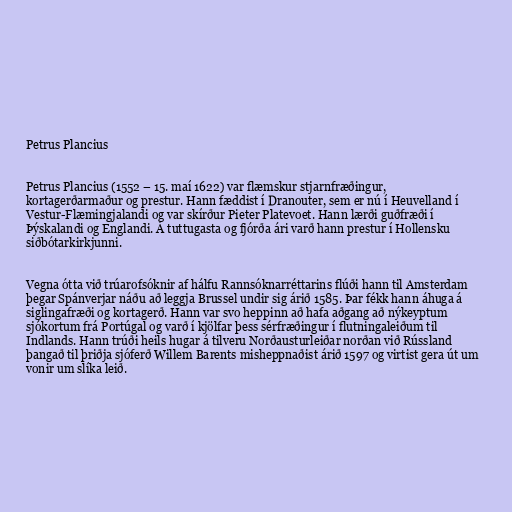
Petrus Plancius

Petrus Plancius (1552 – 15. maí 1622) var flæmskur stjarnfræðingur,
kortagerðarmaður og prestur. Hann fæddist í Dranouter, sem er nú í Heuvelland í
Vestur-Flæmingjalandi og var skírður Pieter Platevoet. Hann lærði guðfræði í
Þýskalandi og Englandi. Á tuttugasta og fjórða ári varð hann prestur í Hollensku
siðbótarkirkjunni.

Vegna ótta við trúarofsóknir af hálfu Rannsóknarréttarins flúði hann til Amsterdam
þegar Spánverjar náðu að leggja Brussel undir sig árið 1585. Þar fékk hann áhuga á
siglingafræði og kortagerð. Hann var svo heppinn að hafa aðgang að nýkeyptum
sjókortum frá Portúgal og varð í kjölfar þess sérfræðingur í flutningaleiðum til
Indlands. Hann trúði heils hugar á tilveru Norðausturleiðar norðan við Rússland
þangað til þriðja sjóferð Willem Barents misheppnaðist árið 1597 og virtist gera út um
vonir um slíka leið.